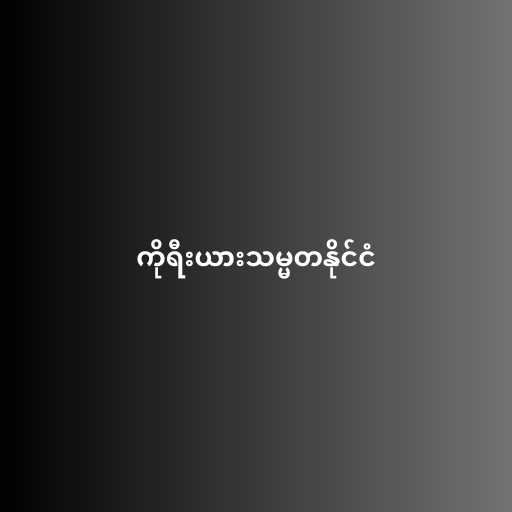
ကိုရီးယားသမ္မတနိုင်ငံ